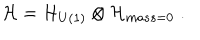
{ \cal H } = { \cal H } _ { U ( 1 ) } \otimes { \cal H } _ { m a s s = 0 } \; .